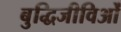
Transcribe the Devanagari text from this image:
बुद्धिजीविओं